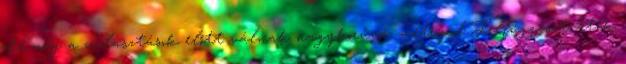
de még a választások előtt válnak nagykorúvá. metropol Felfüggesztették